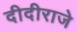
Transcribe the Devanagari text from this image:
दीदीराजे